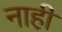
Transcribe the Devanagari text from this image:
नाही़